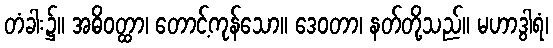
တံခါး၌။ အဓိဝတ္ထာ၊ တောင့်ကုန်သော။ ဒေဝတာ၊ နတ်တို့သည်။ မဟာဒွါရံ၊